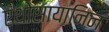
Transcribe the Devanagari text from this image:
एंथोसायानिन